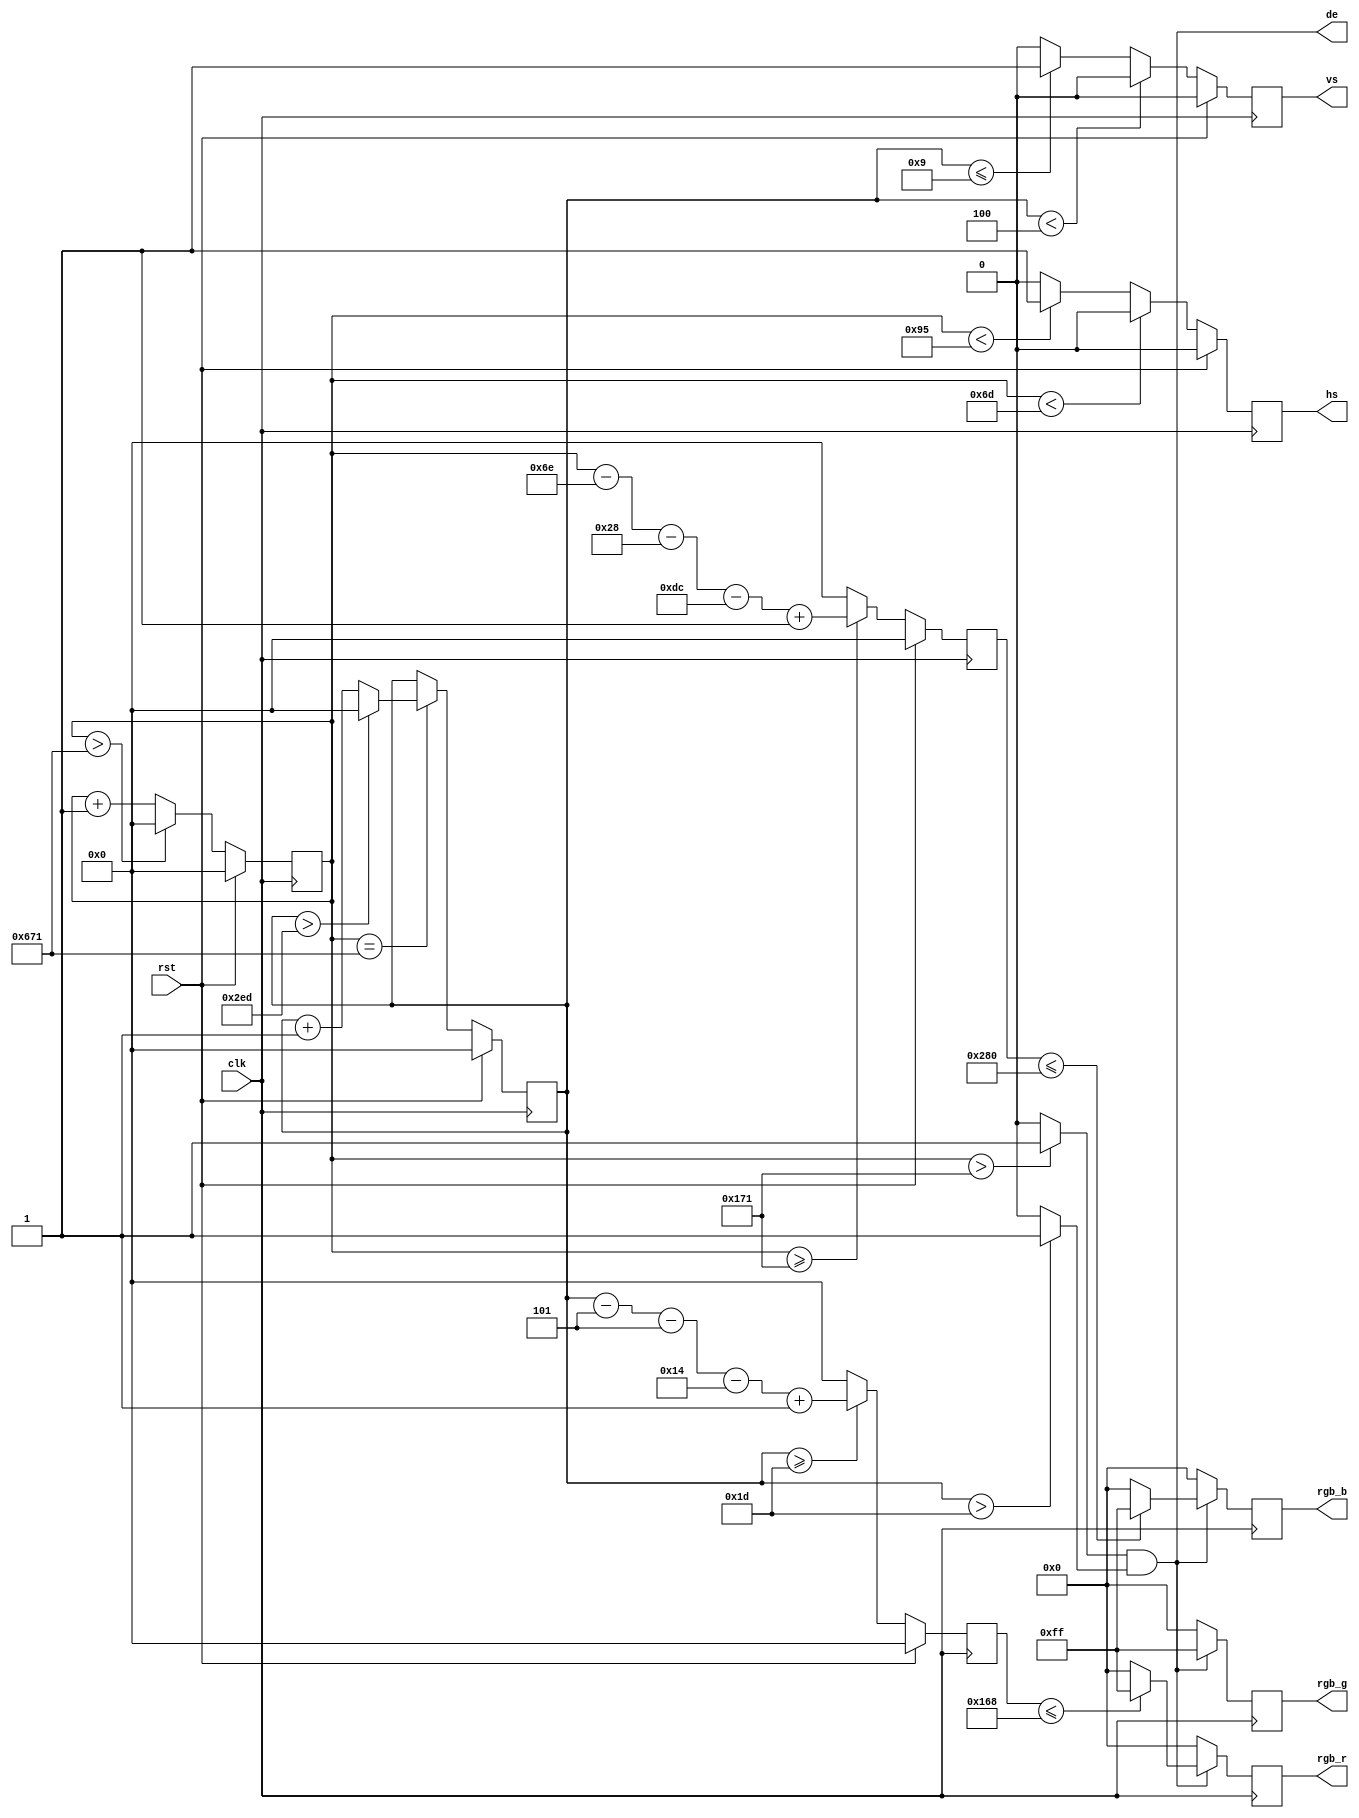
`timescale 1ns / 1ps
module vga(
    input                 clk,           //pixel clock
    input                 rst,           //reset signal high active
    output                hs,            //horizontal synchronization
    output                vs,            //vertical synchronization
    output                de,            //video valid
    output reg [7:0]      rgb_r,         //video red data
    output reg [7:0]      rgb_g,         //video green data
    output reg [7:0]      rgb_b          //video blue data
);

`define VIDEO_1280_720

//video timing parameter definition
//1280x720 74.25Mhz
`ifdef  VIDEO_1280_720
parameter H_ACTIVE = 16'd1280;           //horizontal active time (pixels)
parameter H_FP = 16'd110;                //horizontal front porch (pixels)
parameter H_SYNC = 16'd40;               //horizontal sync time(pixels)
parameter H_BP = 16'd220;                //horizontal back porch (pixels)
parameter V_ACTIVE = 16'd720;            //vertical active Time (lines)
parameter V_FP  = 16'd5;                 //vertical front porch (lines)
parameter V_SYNC  = 16'd5;               //vertical sync time (lines)
parameter V_BP  = 16'd20;                //vertical back porch (lines)
parameter HS_POL = 1'b1;                 //horizontal sync polarity, 1 : POSITIVE,0 : NEGATIVE;
parameter VS_POL = 1'b1;                 //vertical sync polarity, 1 : POSITIVE,0 : NEGATIVE;
`endif

//1920x1080 148.5Mhz
`ifdef  VIDEO_1920_1080
parameter H_ACTIVE = 16'd1920;
parameter H_FP = 16'd88;
parameter H_SYNC = 16'd44;
parameter H_BP = 16'd148;
parameter V_ACTIVE = 16'd1080;
parameter V_FP  = 16'd4;
parameter V_SYNC  = 16'd5;
parameter V_BP  = 16'd36;
parameter HS_POL = 1'b1;
parameter VS_POL = 1'b1;
`endif

parameter H_TOTAL = H_ACTIVE + H_FP + H_SYNC + H_BP;
parameter V_TOTAL = V_ACTIVE + V_FP + V_SYNC + V_BP;

parameter WHITE_R       = 8'hff;
parameter WHITE_G       = 8'hff;
parameter WHITE_B       = 8'hff;
parameter YELLOW_R      = 8'hff;
parameter YELLOW_G      = 8'hff;
parameter YELLOW_B      = 8'h00;
parameter CYAN_R        = 8'h00;
parameter CYAN_G        = 8'hff;
parameter CYAN_B        = 8'hff;
parameter GREEN_R       = 8'h00;
parameter GREEN_G       = 8'hff;
parameter GREEN_B       = 8'h00;

reg[11:0] h_cnt;
reg[11:0] v_cnt;
reg[11:0] h_pos;
reg[11:0] v_pos;
reg hs_reg;
reg vs_reg;
wire h_video_active;
wire v_video_active;

assign h_video_active = (h_cnt > H_FP + H_SYNC + H_BP - 1) ? 1 : 0;
assign v_video_active = (v_cnt > V_FP + V_SYNC + V_BP - 1) ? 1 : 0;
assign de = h_video_active & v_video_active;
assign hs = hs_reg;
assign vs = vs_reg;

always@(posedge clk)
begin
    if(rst)
        h_cnt <= 12'd0;
    else
        h_cnt <= (h_cnt > H_TOTAL - 1) ? 12'b0 : h_cnt + 1;
end

always@(posedge clk)
begin
    if(rst) begin
        v_cnt <= 12'd0;
    end else begin
        if(h_cnt == H_TOTAL - 1)
            v_cnt <= (v_cnt > V_TOTAL - 1) ? 12'b0 : v_cnt + 1;
        else
            v_cnt <= v_cnt;
    end
end

always@(posedge clk)
begin
    if(rst)
        h_pos <= 12'd0;
    else if(h_cnt >= H_FP + H_SYNC + H_BP - 1)
        h_pos <= h_cnt - H_FP - H_SYNC - H_BP + 1;
    else
        h_pos <= 12'd0;
end

always@(posedge clk)
begin
    if(rst)
        v_pos <= 12'd0;
    else if(v_cnt >= V_FP + V_SYNC + V_BP - 1)
        v_pos <= v_cnt - V_FP - V_SYNC - V_BP + 1;
    else
        v_pos <= 12'd0;
end

always@(posedge clk)
begin
    if(rst)
        hs_reg <= ~HS_POL;
    else if(h_cnt < H_FP - 1)
        hs_reg <= ~HS_POL;
    else if(h_cnt < H_FP + H_SYNC - 1)
        hs_reg <= HS_POL;
    else
        hs_reg <= ~HS_POL;
end

always@(posedge clk)
begin
    if(rst)
        vs_reg <= ~VS_POL;
    else if(v_cnt < V_FP - 1)
        vs_reg <= ~VS_POL;
    else if(v_cnt <= V_FP + V_SYNC - 1)
        vs_reg <= VS_POL;
    else
        vs_reg <= ~VS_POL;
end

//draw the color rectangle
always@(posedge clk)
begin
    if(de) begin
        if(v_pos <= (V_ACTIVE/2)) begin
            if(h_pos <= (H_ACTIVE/2)) begin
                rgb_r <= WHITE_R;
                rgb_g <= WHITE_G;
                rgb_b <= WHITE_B;
            end else begin
                rgb_r <= YELLOW_R;
                rgb_g <= YELLOW_G;
                rgb_b <= YELLOW_B;
            end
        end else begin
            if(h_pos <= (H_ACTIVE/2)) begin
                rgb_r <= CYAN_R;
                rgb_g <= CYAN_G;
                rgb_b <= CYAN_B;
            end else begin
                rgb_r <= GREEN_R;
                rgb_g <= GREEN_G;
                rgb_b <= GREEN_B;
            end
        end
    end else begin
        rgb_r <= 8'd0;
        rgb_g <= 8'd0;
        rgb_b <= 8'd0;
    end
end

endmodule